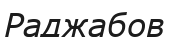
Раджабов